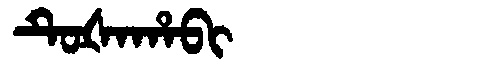
Manchu: ᡨᡠᡧᠠᡥᠠᠪᡳ
Romanization: TUŠAHABI